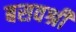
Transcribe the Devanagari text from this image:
बसवश्री